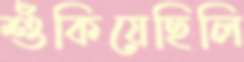
শুঁকিয়েছিলি